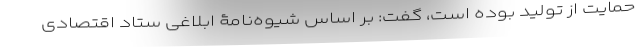
حمایت از تولید بوده است، گفت: بر اساس شیوه‌نامۀ ابلاغی ستاد اقتصادی